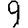
Digit: 9